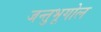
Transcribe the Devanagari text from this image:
जन्तुभूगोल